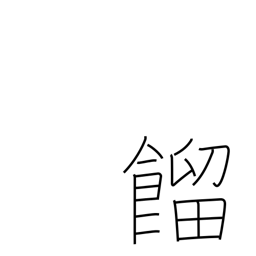
Meaning: steaming rice